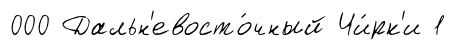
000 Дальн'евосто́чный Чи́рк'и 1